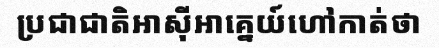
ប្រជាជាតិអាស៊ីអាគ្នេយ៍ហៅកាត់ថា